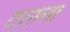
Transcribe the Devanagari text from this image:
टलना